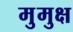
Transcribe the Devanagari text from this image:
मुुमुक्ष